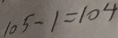
1 0 5 - 1 = 1 0 4